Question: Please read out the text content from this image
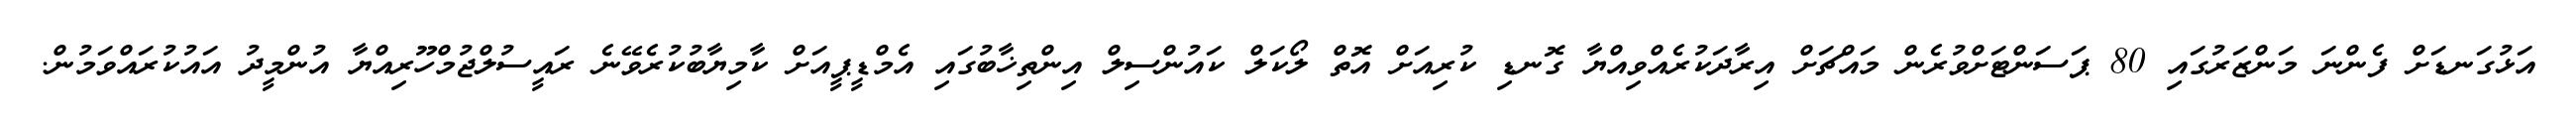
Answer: އަޅުގަނޑަށް ފެންނަ މަންޒަރުގައި 80 ޕަސަންޓަށްވުރެން މައްޗަށް އިރާދަކުރެއްވިއްޔާ ގޮނޑި ކުރިއަށް އޮތް ލޯކަލް ކައުންސިލް އިންތިޚާބުގައި އެމްޑީޕީއަށް ކާމިޔާބުކުރެވޭނެ ރައީސުލްޖުމްހޫރިއްޔާ އުންމީދު އައުކުރައްވަމުން.